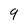
Character: 9